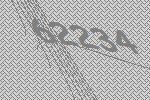
62234